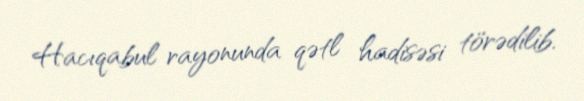
Hacıqabul rayonunda qətl hadisəsi törədilib.